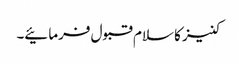
کنیز کا سلام قبول فرمائیے۔